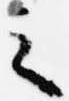
之